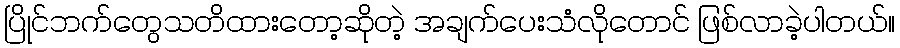
ပြိုင်ဘက်တွေသတိထားတော့ဆိုတဲ့ အချက်ပေးသံလိုတောင် ဖြစ်လာခဲ့ပါတယ်။